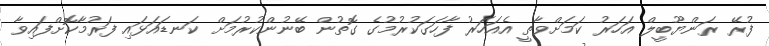
ފުރޭ ރަންޔޫބީލް އަހަރު ކަމަށްވާތީ އެއަހަރު ފާހަގަކުރުމުގެ ގޮތުން ބޭނުންކުރުމަށް ކަނޑައަޅައި ފަރުމާކޮށްފައިވާ